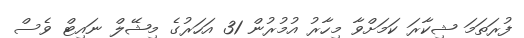
ފުރަތަމަ ޝިކާރަ ކަމަށްވާ މިހާރު އުމުރުން 31 އަހަރުގެ މިޝޭލް ނައިޓް ވެސް